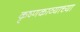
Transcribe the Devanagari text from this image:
कृष्णकाव्याच्या